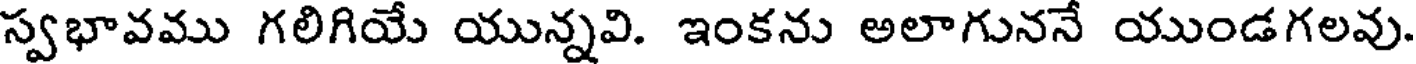
స్వభావము గలిగియే యున్నవి. ఇంకను అలాగుననే యుండగలవు